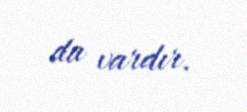
da vardır.